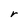
Character: r